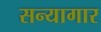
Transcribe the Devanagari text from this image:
सन्यागार